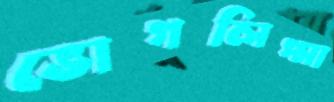
ভোগলিপ্সা